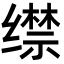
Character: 𦈟